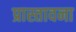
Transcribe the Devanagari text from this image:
प्रास्तावना